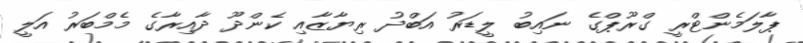
ޕާލަމެންޓްރީ ގްރޫޕްގެ ނައިބު ލީޑަރު އަބްދު ރިޔާޒާއި ކެންދޫ ދާއިރާގެ މެމްބަރު އަލީ